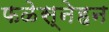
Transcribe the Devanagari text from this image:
फळेस्नेहन